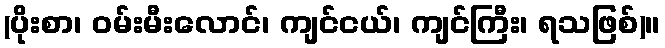
(ပိုးစာ၊ ဝမ်းမီးလောင်၊ ကျင်ငယ်၊ ကျင်ကြီး၊ ရသဖြစ်)။